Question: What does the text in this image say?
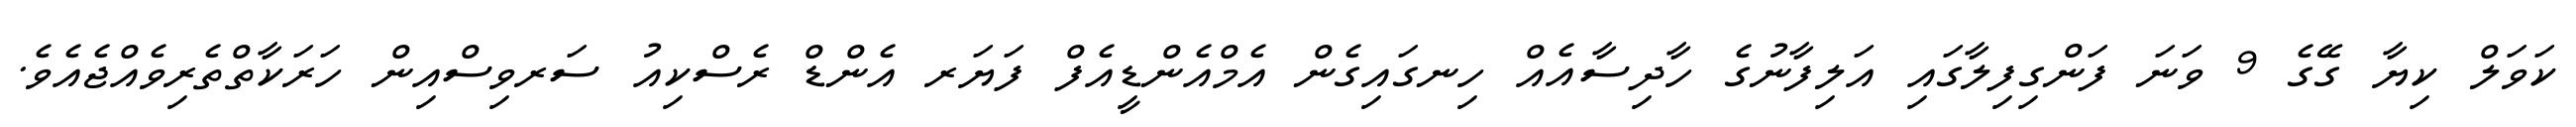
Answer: ކަވަލް ކިޔާ ގޭގެ 9 ވަނަ ފަންގިފިލާގައި އަލިފާނުގެ ހާދިސާއެއް ހިނގައިގެން އެމްއެންޑީއެފް ފަޔަރ އެންޑް ރެސްކިއު ސަރވިސްއިން ހަރަކާތްތެރިވެއްޖެއެވެ.